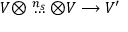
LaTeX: V \otimes \stackrel { n _ { s } } { \ldots } \otimes V \longrightarrow V ^ { \prime }